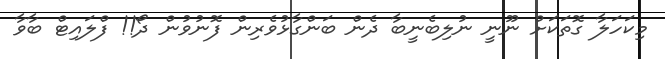
މިކަހަލާ ގޮތަކަށް ނޫނީ ނުލިބެނީބާ ދެން ބަންގާޅުވެރިން ފޮނުވުން ދޯ!! ފްލައިޓް ބާވާ